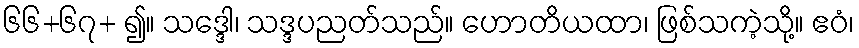
၆၆+၆၇+ ၍။ သဒ္ဒေါ၊ သဒ္ဒပညတ်သည်။ ဟောတိယထာ၊ ဖြစ်သကဲ့သို့။ ဧဝံ၊